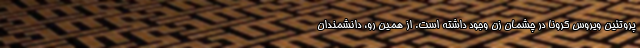
پروتئین ویروس کرونا در چشمان زن وجود داشته است. از همین رو، دانشمندان